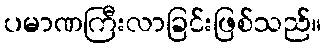
ပမာဏကြီးလာခြင်းဖြစ်သည်။